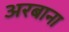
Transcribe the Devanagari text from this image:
अरबाना